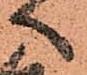
へ